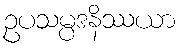
ဥပသမ္ပဒနိဿယာ